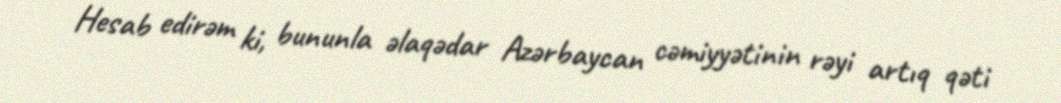
Hesab edirəm ki, bununla əlaqədar Azərbaycan cəmiyyətinin rəyi artıq qəti